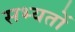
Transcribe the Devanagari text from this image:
सभ्यतों